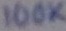
Text: 100K